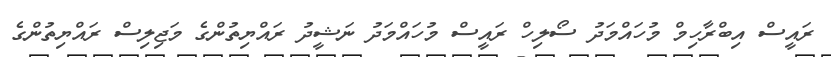
ރައީސް އިބްރާހިމް މުހައްމަދު ސޯލިހް ރައީސް މުހައްމަދު ނަޝީދު ރައްޔިތުންގެ މަޖިލިސް ރައްޔިތުންގެ